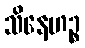
သိနေဟဉ္စ